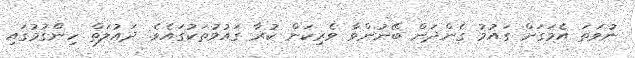
ނުވަތަ އެމަގަށް ގައުމު ގެންދަން ބޭނުންވާ ވެރިކަން ކުރާ ގައުމުތަކުގައެވެ. ދައުލަތް ހިންގުމުގައި